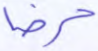
حرضا